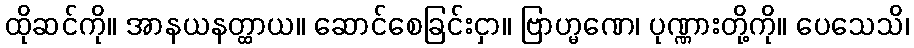
ထိုဆင်ကို။ အာနယနတ္ထာယ။ ဆောင်စေခြင်းငှာ။ ဗြာဟ္မဏေ၊ ပုဏ္ဏားတို့ကို။ ပေသေသိ၊